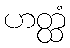
ဟတ္ထံ